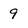
Character: 9